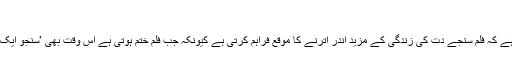
‘
ایک تیسرا نظریہ یہ ہے کہ فلم سنجے دت کی زندگی کے مزید اندر اترنے کا موقع فراہم کرتی ہے کیونکہ جب فلم ختم ہوتی ہے اس وقت بھی ’سنجو ایک سوالیہ نشان ہوتا ہے۔